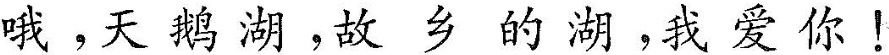
哦，天鹅湖，故乡的湖，我爱你！